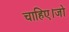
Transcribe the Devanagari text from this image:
चाहिए।जो